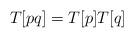
LaTeX: \begin{align*} T[pq] = T[p]T[q]\end{align*}